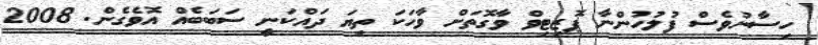
ހިސާނުވެސް ފުލުހުންނާ ޕޮޒިޓިވް ވާގޮތަށް ވާހަކަ ތިޔަ ދައްކަނީ ސަބަބެއް އޮވެގެން. 2008